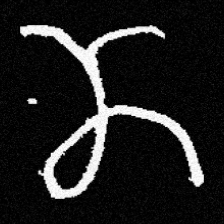
Pyu character \u2014 Myanmar letter: ဏ (romanized: nna)